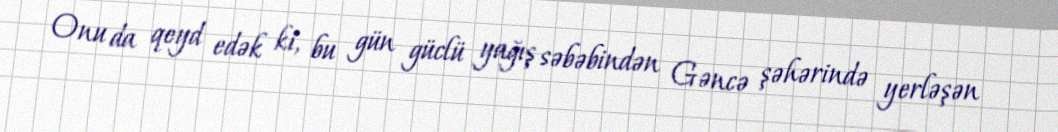
Onu da qeyd edək ki, bu gün güclü yağış səbəbindən Gəncə şəhərində yerləşən